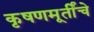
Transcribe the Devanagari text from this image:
कृषणमूर्तींचे